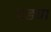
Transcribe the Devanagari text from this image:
थड्या